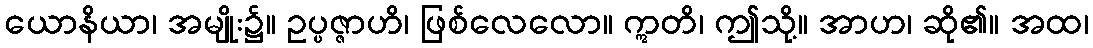
ယောနိယာ၊ အမျိုး၌။ ဥပ္ပဇ္ဇာဟိ၊ ဖြစ်လေလော။ ဣတိ၊ ဤသို့။ အာဟ၊ ဆို၏။ အထ၊